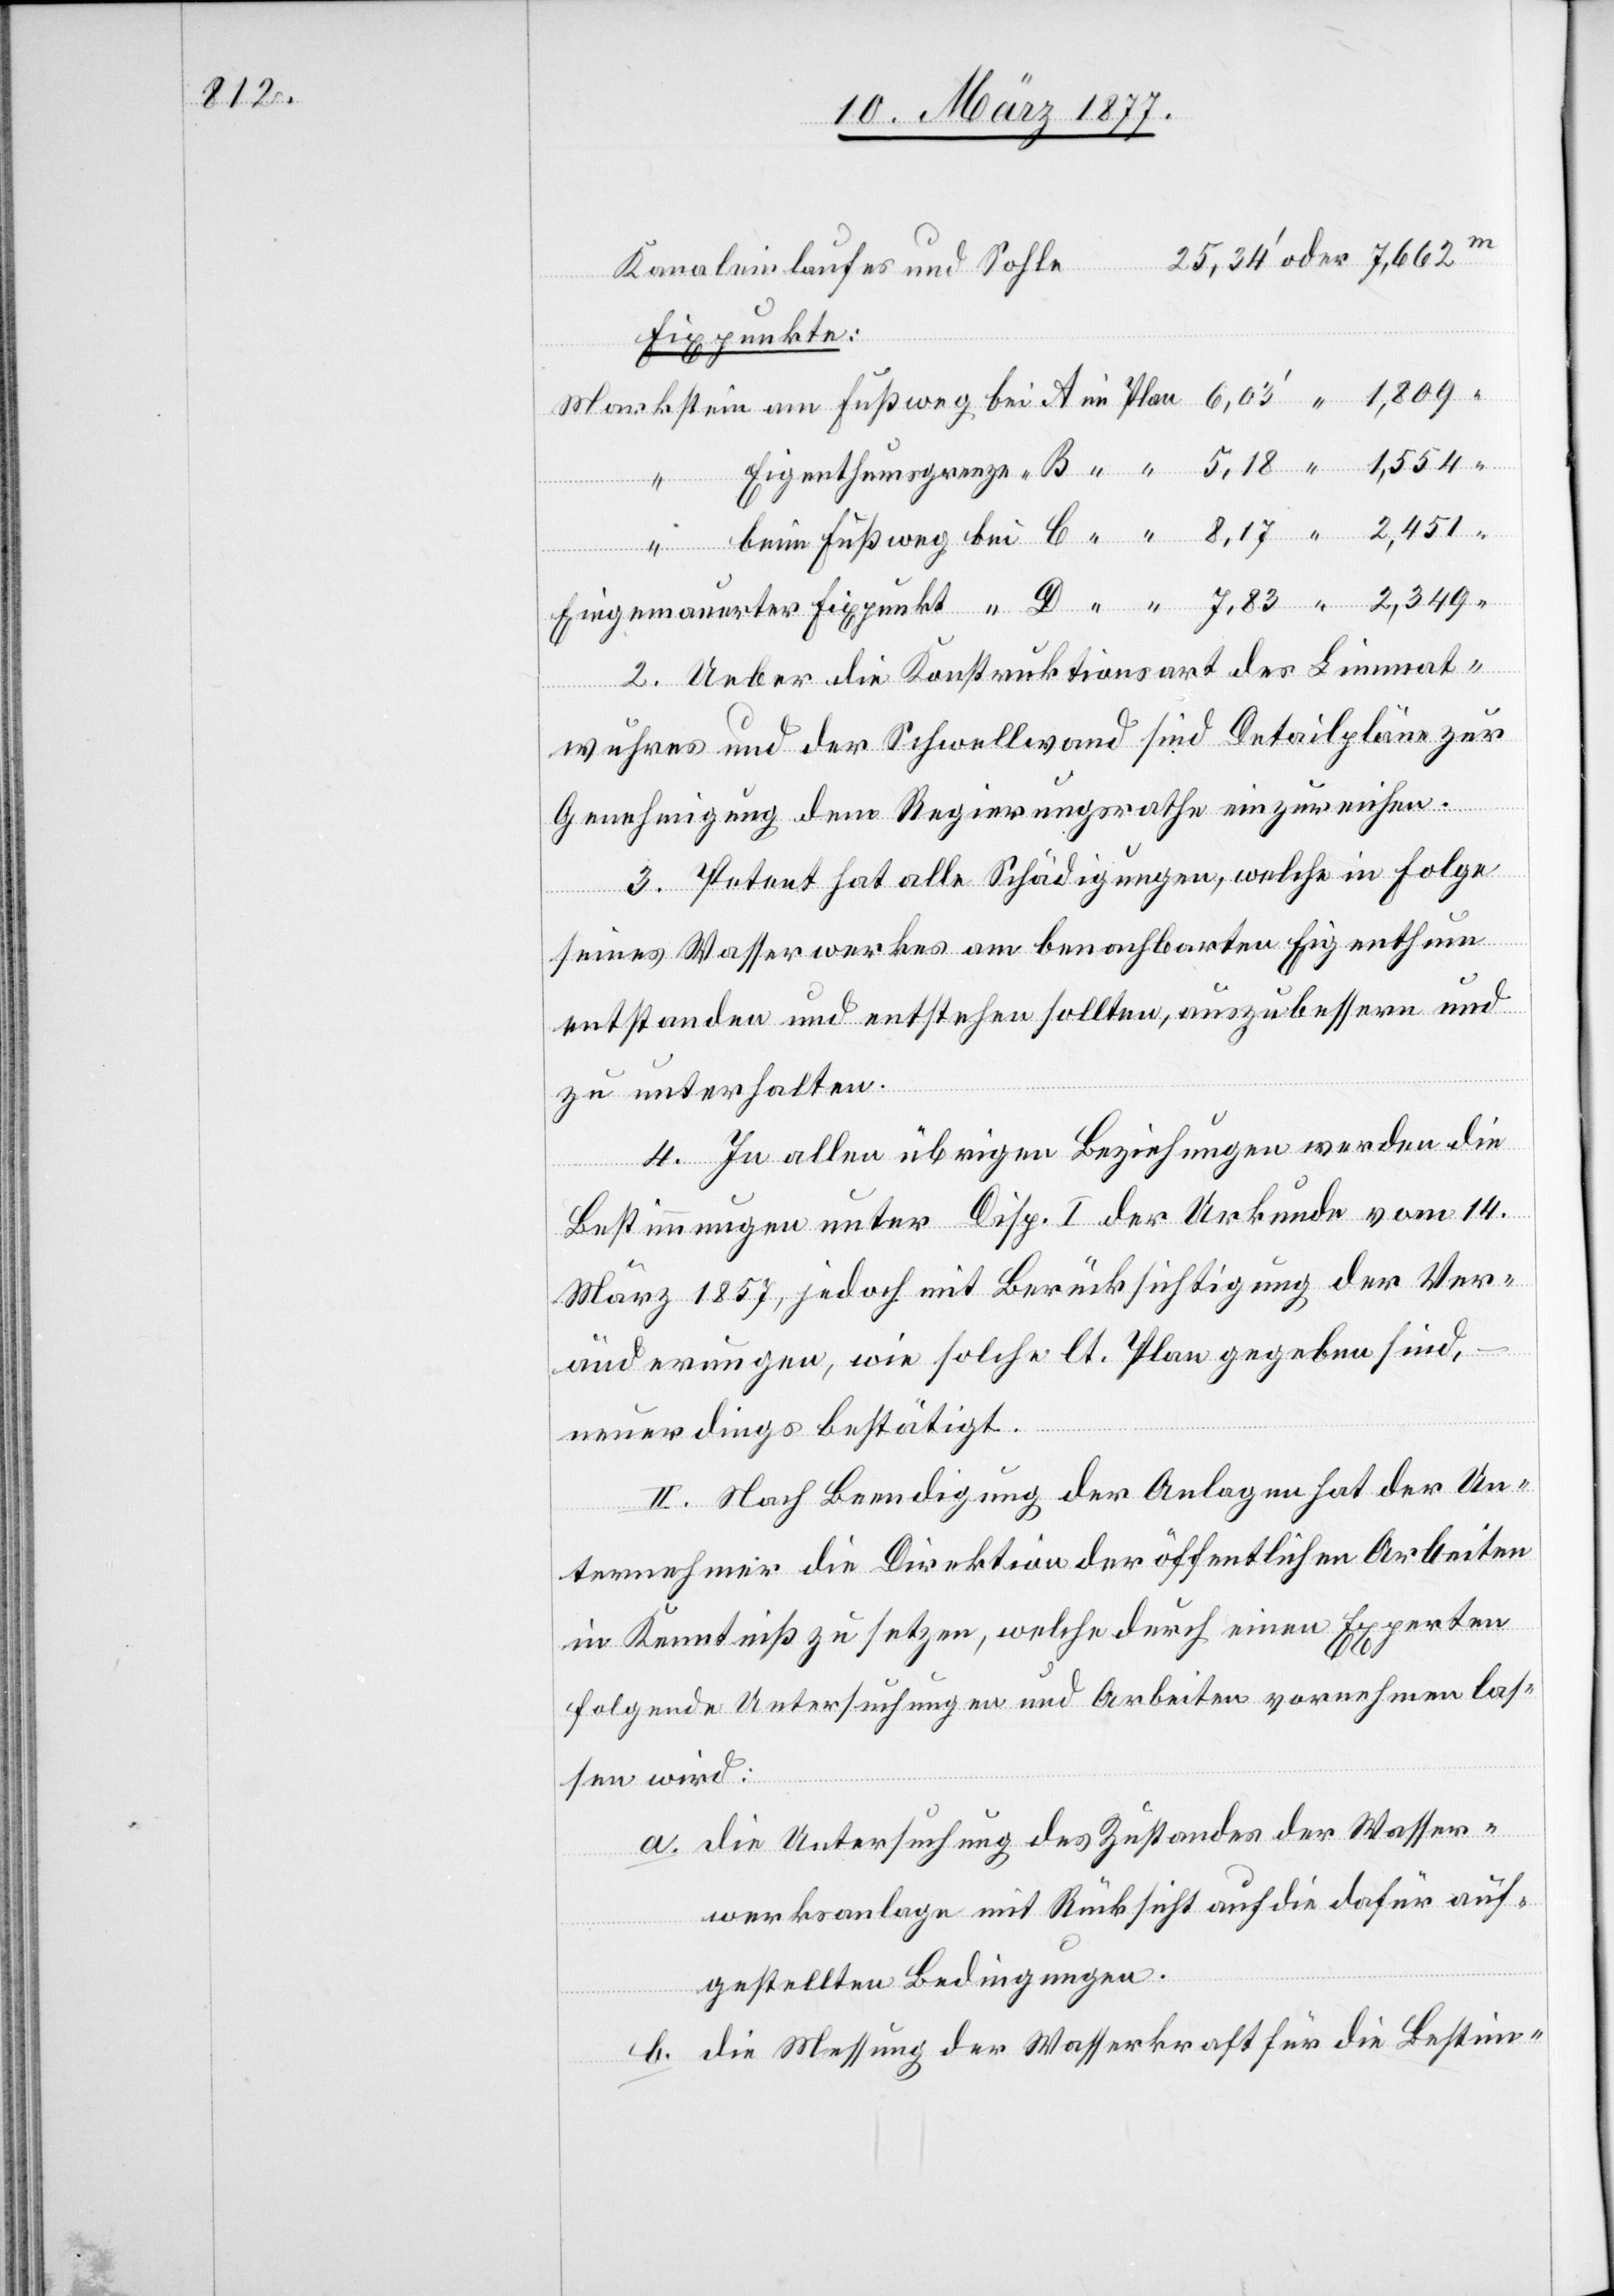
Eingemauerter
Kanaleinlaufes und Sohle
Fixpunkt
2. Ueber die Konstruktionsart des Limmat¬
wuhres und der Schwellwand sind Detailpläne zur
Genehmigung dem Regierungsrathe einzureichen.
3. Petent hat alle Schädigungen, welche in Folge
seines Wasserwerkes am benachbarten Eigenthum
entstanden und entstehen sollten, auszubessern und
zu unterhalten.
4. In allen übrigen Beziehungen werden die
Bestimmungen unter Disp. I der Urkunde vom 14.
März 1857, jedoch mit Berücksichtigung der Ver¬
änderungen, wie solche lt. Plan gegeben sind,
neuerdings bestätigt.
II. Nach Beendigung der Anlagen hat der Un¬
ternehmer die Direktion der öffentlichen Arbeiten
in Kenntniß zu setzen, welche durch einen Experten
folgende Untersuchungen und Arbeiten vornehmen las¬
sen wird:
a. die Untersuchung des Zustandes der Wasser¬
werksanlage mit Rücksicht auf die dafür auf¬
gestellten Bedingungen.
b. die Messung der Wasserkraft für die Bestim-

bei